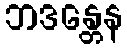
ဘဒန္တေန